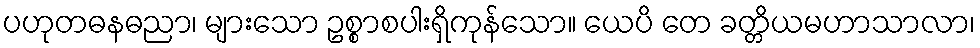
ပဟုတဓနဓညာ၊ များသော ဥစ္စာစပါးရှိကုန်သော။ ယေပိ တေ ခတ္တိယမဟာသာလာ၊